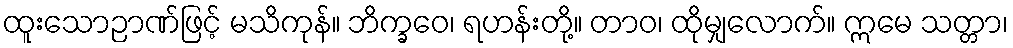
ထူးသောဉာဏ်ဖြင့် မသိကုန်။ ဘိက္ခဝေ၊ ရဟန်းတို့။ တာဝ၊ ထိုမျှလောက်။ ဣမေ သတ္တာ၊